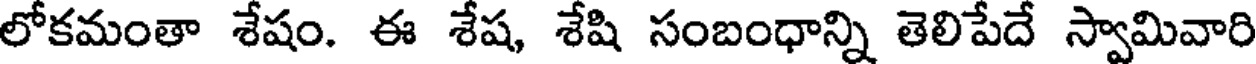
లోకమంతా శేషం. ఈ శేష, శేషి సంబంధాన్ని తెలిపేదే స్వామివారి